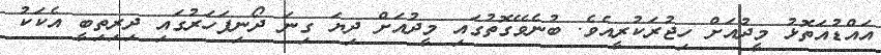
އައްޑުއަތޮޅު މީދުއަށް ހިޖުރަކުރީއެވެ. ބުނެވޭގޮތުގައި މީދުއަށް ދިޔަ ގިނަ ދޯނިފަހަރުގައި ދިރިތިބީ އެކަކު